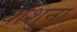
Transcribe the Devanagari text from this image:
योशुना